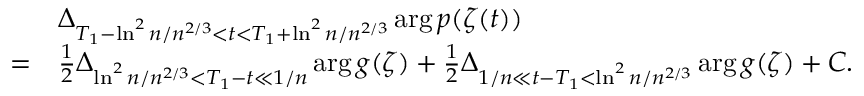
\begin{array} { r l } & { \Delta _ { T _ { 1 } - \ln ^ { 2 } n / n ^ { 2 / 3 } < t < T _ { 1 } + \ln ^ { 2 } n / n ^ { 2 / 3 } } \arg p ( \zeta ( t ) ) } \\ { = } & { \frac { 1 } { 2 } \Delta _ { \ln ^ { 2 } n / n ^ { 2 / 3 } < T _ { 1 } - t \ll 1 / n } \arg g ( \zeta ) + \frac { 1 } { 2 } \Delta _ { 1 / n \ll t - T _ { 1 } < \ln ^ { 2 } n / n ^ { 2 / 3 } } \arg g ( \zeta ) + C . } \end{array}